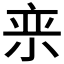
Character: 𪨂